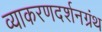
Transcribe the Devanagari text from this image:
व्याकरणदर्शनग्रंथ